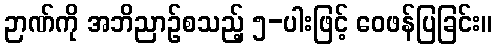
ဉာဏ်ကို အဘိညာဉ်စသည့် ၅-ပါးဖြင့် ဝေဖန်ပြခြင်း။